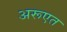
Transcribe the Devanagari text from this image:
अरूएत